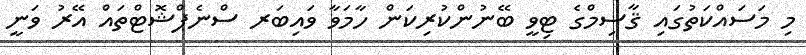
މި މަސައްކަތުގައި ޤާސިމްގެ ޓިވީ ބޭނުންކުރިކަން ހާމަވާ ވައިބަރ ސްނެޕްޝޮޓްތައް އޭރު ވަނީ